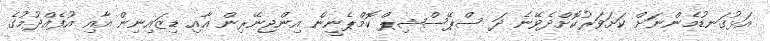
އަޅުގަނޑުމެންނަށް ކަށަވަރުކޮށްދެވޭނެ ދަ ސްޕޭސްޝިޕް ކޮމްޕެނީން އިންޖިނޭރިން އާއި ޑިޒައިނިން އާއި އުފެއްދުމުގެ